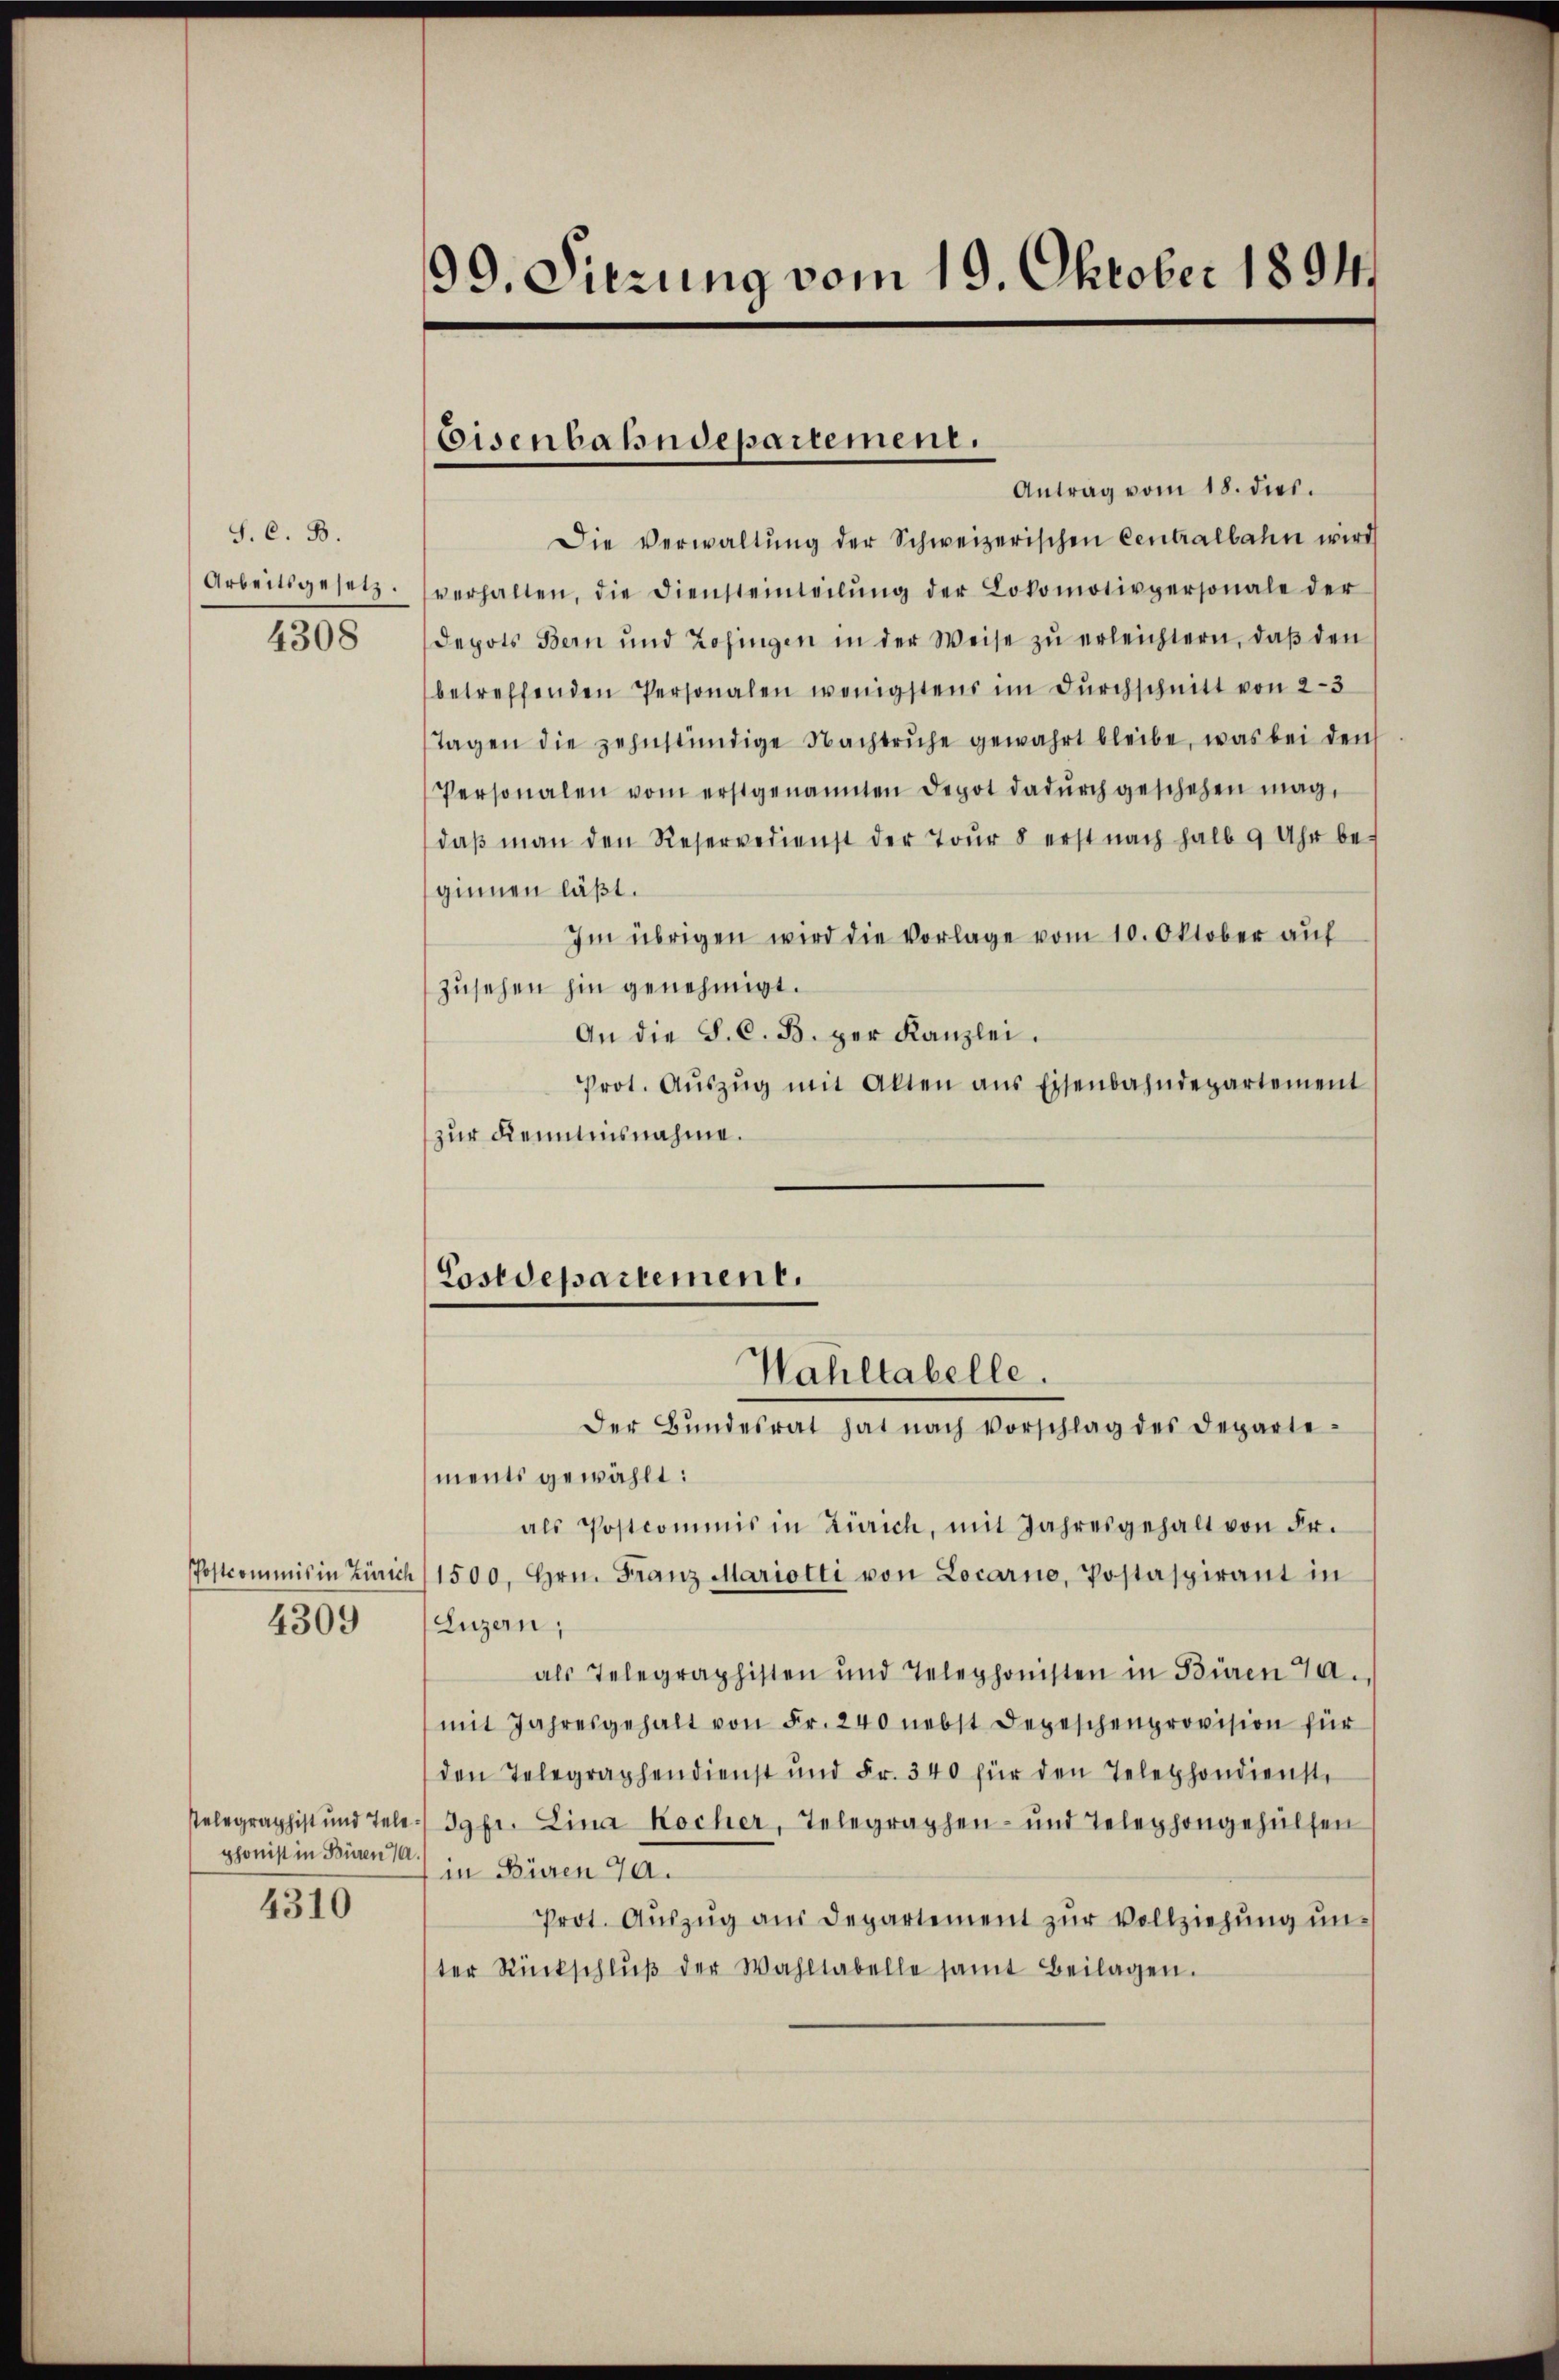
S. C. B.
Arbeitsgesetz.
4308

Postkommis in Zürich
4309

selegraphist und Telephonist in Büren

4310

99. Sitzung vom 19. Oktober 1894.

Eisenbahndepartement.

Antrag vom 18. dies.
Die Verwaltŭng der Schweizerischen Centralbahn wird
verhalten, die Diensteinteilŭng der Lokomotivpersonale der
depots Bern und Zofingen in der Weise zŭ erleichtern, daβ den
betreffenden Personalen wenigstens im dŭrchschnitt von 2-3
Tagen die zehnstündige Nachtruhe gewahrt bleibe, was bei den
Personalen vom erstgenannten Depot dadŭrch geschehen mag,
daβ man den Reservedienst der Toŭr 8 erst nach halb 9 Uhr be-
ginnen läßt.
Im übrigen wird die Vorlage vom 10. Oktober auf
zusehen hin genehmigt.
An die S. C. B. per Kanzlei.
Prot. Aŭszŭg mit Alten ans Eisenbahndepartement
zur Kenntnisnahme.

Costdepartement.
Wahltabelle.
Der Bŭndesrat hat nach Vorschlag des Departe¬

ments gewählt:
als Postcommis in Zürich, mit Jahresgehalt von Fr.
1500, Hrn. Franz Mariotti von Locarno, Postaspirant in
Luzern,
als Telegraphisten und Telephonisten in Büren 70.
mit Jahresgehalt von Fr. 240 nebst Depeschenprovision für
den Telegraphendienst und Fr. 340 für den Telephondienste
Jgfr. Lina Kocher, Telegraphen- und Telephongehülfen
in Büren 70.
Prot. Auszug aus Departement zur Vollziehung unter Rückschlŭβ der Wahltabelle samt Beilagen.